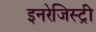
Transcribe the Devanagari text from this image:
इनरेजिस्ट्री